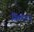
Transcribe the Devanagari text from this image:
सिंक्रोट्रान्